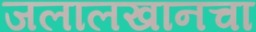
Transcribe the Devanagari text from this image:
जलालखानचा